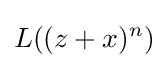
L((z+x)^{n})